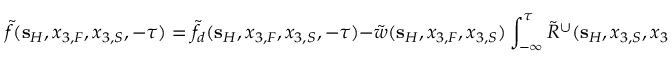
\tilde { f } ( { \bf s } _ { H } , x _ { 3 , F } , x _ { 3 , S } , - \tau ) = \tilde { f } _ { d } ( { \bf s } _ { H } , x _ { 3 , F } , x _ { 3 , S } , - \tau ) - \tilde { w } ( { \bf s } _ { H } , x _ { 3 , F } , x _ { 3 , S } ) \int _ { - \infty } ^ { \tau } \tilde { R } ^ { \cup } ( { \bf s } _ { H } , x _ { 3 , S } , x _ { 3 } , \tau - \tau ^ { \prime } ) \tilde { f } ( { \bf s } _ { H } , x _ { 3 , F } , x _ { 3 } , \tau ^ { \prime } ) \mathrm { d } \tau ^ { \prime } ,